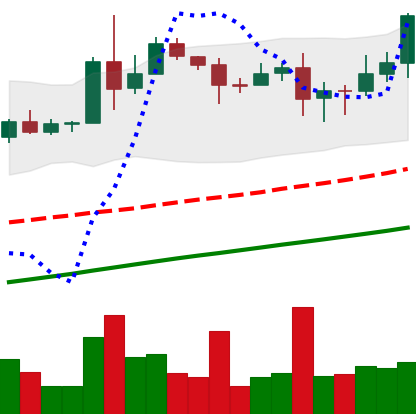
Ticker: XLM-USD
Chart end date: 2020-08-16
Forward return: -12.372%
Label: down_7plus